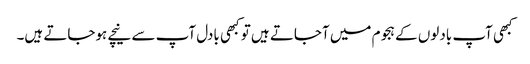
کبھی آپ بادلوں کے ہجوم میں آجاتے ہیں تو کبھی بادل آپ سے نیچے ہوجاتے ہیں۔